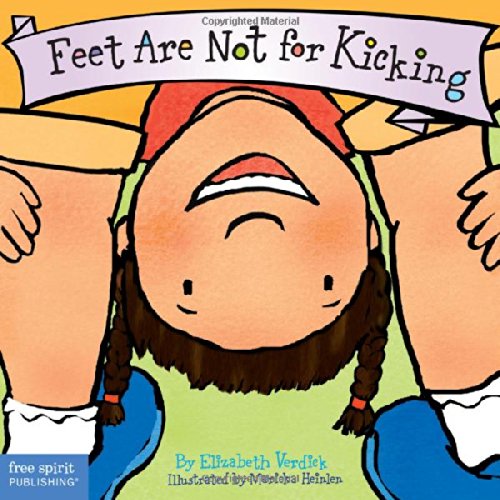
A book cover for Feet Are Not for Kicking (Board Book) (Best Behavior Series); Elizabeth Verdick; Children's Books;